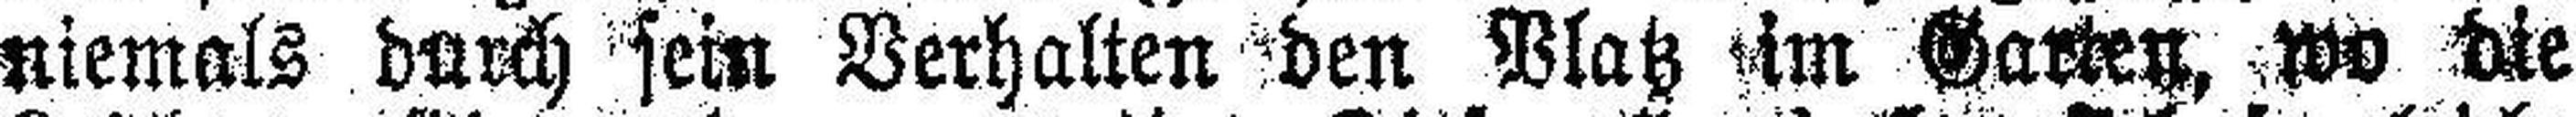
niemals durch sein Verhalten den Blatz im Garten, wo die